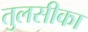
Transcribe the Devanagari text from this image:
तुलसीका